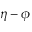
\eta - \phi